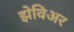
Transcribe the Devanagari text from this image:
झेविअर